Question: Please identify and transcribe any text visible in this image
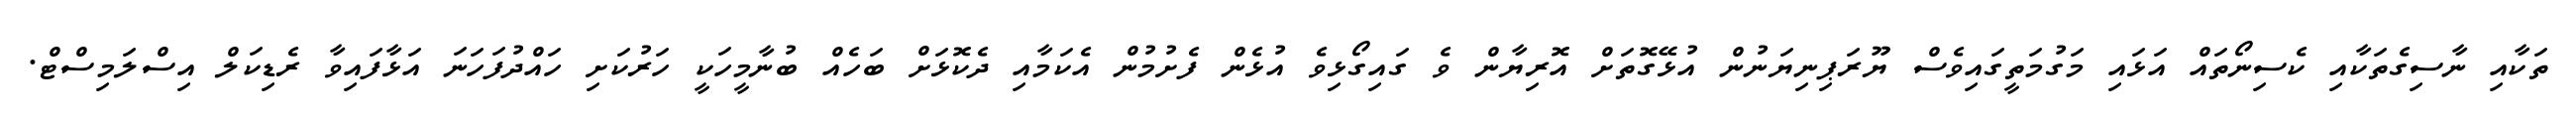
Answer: ތަކާއި ނާސިގެތަކާއި ކެސިނޯތައް އަޅައި މަގުމަތީގައިވެސް ޔޫރަޕިނިޔަނުން އުޅޭގޮތަށް އޮރިޔާން ވެ ގައިގޯޅިވެ އުޅެން ފެށުމުން އެކަމާއި ދެކޮޅަށް ބަހެއް ބުނާމީހަކީ ހަރުކަށި ހައްދުފަހަނަ އަޅާފައިވާ ރެޑިކަލް އިސްލަމިސްޓް.